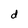
Character: d